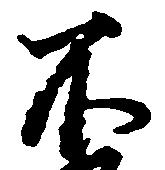
不